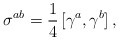
\begin{align*}\sigma^{ab}=\frac{1}{4}\,[\gamma^a,\gamma^b]\,{,}\end{align*}